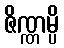
ဇိဏ္ဏမ္ပိ